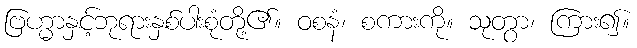
ဗြဟ္မာနှင့်ဘုရားနှစ်ပါးစုံတို့၏။ ဝစနံ၊ စကားကို။ သုတွာ၊ ကြား၍။